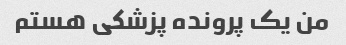
من یک پرونده پزشکی هستم